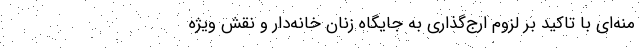
منه‌ای با تاکید بر لزوم ارج‌گذاری به جایگاه زنان خانه‌دار و نقش ویژه